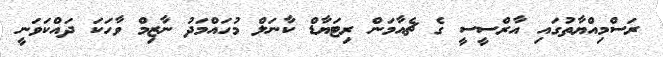
ރަސްމިއްޔާތުގައި އާރްސީސީ ގެ ޗެއާމަން ރިޓަޔާޑް ކާނަލް މުހައްމަދު ނާޒިމް ވާހަކަ ދައްކަވަނީ